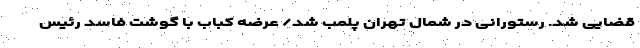
قضایی شد. رستورانی در شمال تهران پلمب شد/ عرضه کباب با گوشت فاسد رئیس